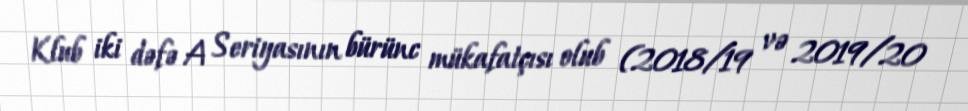
Klub iki dəfə A Seriyasının bürünc mükafatçısı olub (2018/19 və 2019/20